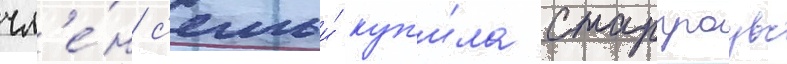
чл'е́н с'емьи́ куп'и́ла старгроувс